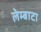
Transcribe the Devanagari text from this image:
लेम्बाटा